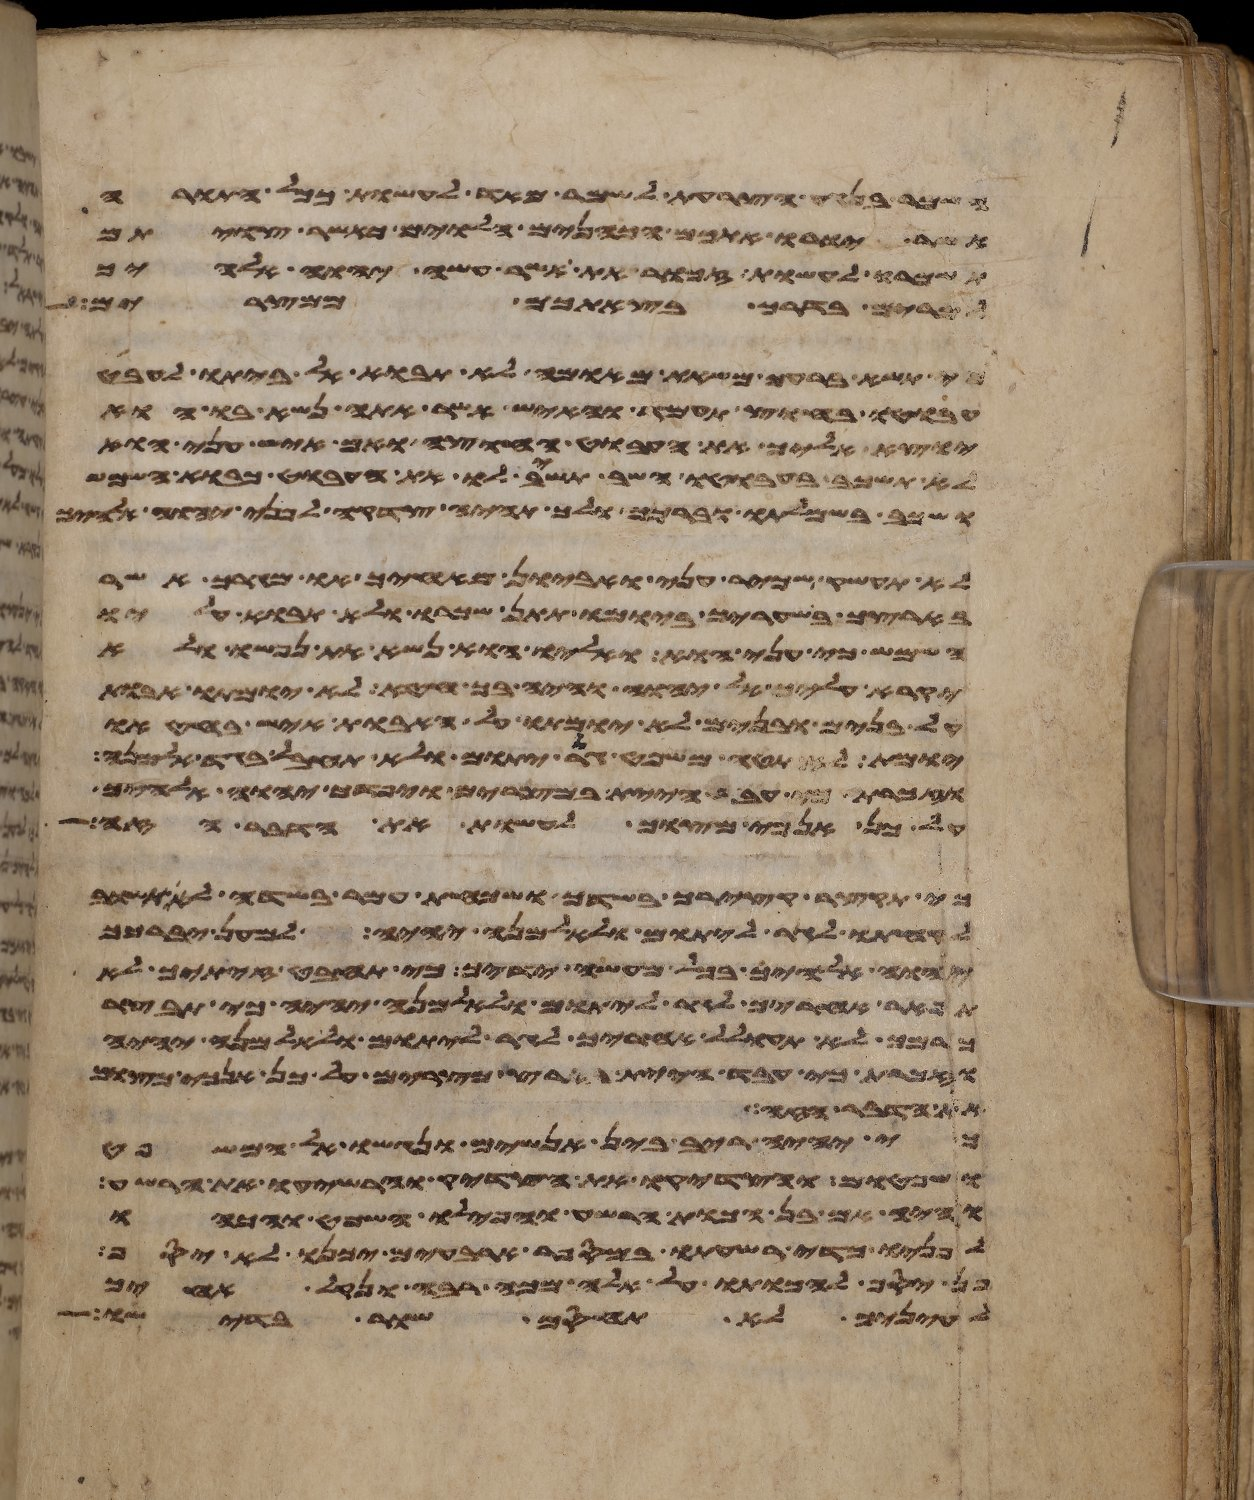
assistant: השמר בנגע הצרעת לשמר מאד לעשות ככל התורה
אשר יורו אתכם הכהנים הלוים כאשר צויתם
תשמרו לעשות זכור את אשר עשה יהוה אלהיך
למרים בדרך בצאתכם ממצרים
כי תשא ברעך משאת מאומה לא תבוא אל ביתו לעבט
עבוטו בחוץ תעמד והאיש אשר אתה נשא בו הוא
יוצא אליך את העבוט החוצה ואם איש עני הוא
לא תשכב בעבוטו השב תשיב לו את העבוט כבוא השמש
ושכב בשמלתו וברכך ולך תהיה צדקה לפני יהוה אלהיך
לא תעשק שכיר עני ואביון מאחיך או מגרך אשר
בארצך בשעריך ביומו תתן שכרו ולא תבוא עליו
השמש כי עני הוא ואליו הוא נשא את נפשו ולא
יקרא עליך אל יהוה והיה בך חטא לא יומתו אבות
על בנים ובנים לא יומתו על האבות איש בחטאו
יומת לא תטה משפט גר יתום ולא תחבל בגד אלמנה
וזכרת כי עבד היית במצרים ויפדך יהוה אלהיך
על כן אנכי מצוך לעשות את הדבר הזה
כי תקצר קצירך בשדך ושכחת עמר בשדה לא תשוב
לקחתו לגר ליתום ולאלמנה יהיה למען יברכך
יהוה אלהיך בכל מעשה ידיך כי תחבט זיתך לא
תפאר אחריך לגר ליתום ולאלמנה יהיה כי תבצר
כרמך לא תעולל אחריך לגר ליתום ולאלמנה יהיה
וזכרת כי עבד היית בארץ מצרים על כן אנכי מצוך
את הדבר הזה
כי יהיה ריב בין אנשים ונגשו אל המשפט
ושפטום והצדיקו את הצדיק והרשיעו את הרשע
והיה אם בן הכות הרשע והפילו השופט והכהו
לפניו כדי רשעתו במספר ארבעים יכנו לא יסף
פן יסף להכותו על אלה מכה רבה ונקל אחיך
לעיניך לא תחסם שור בדישו